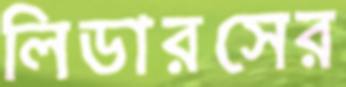
লিডারসের